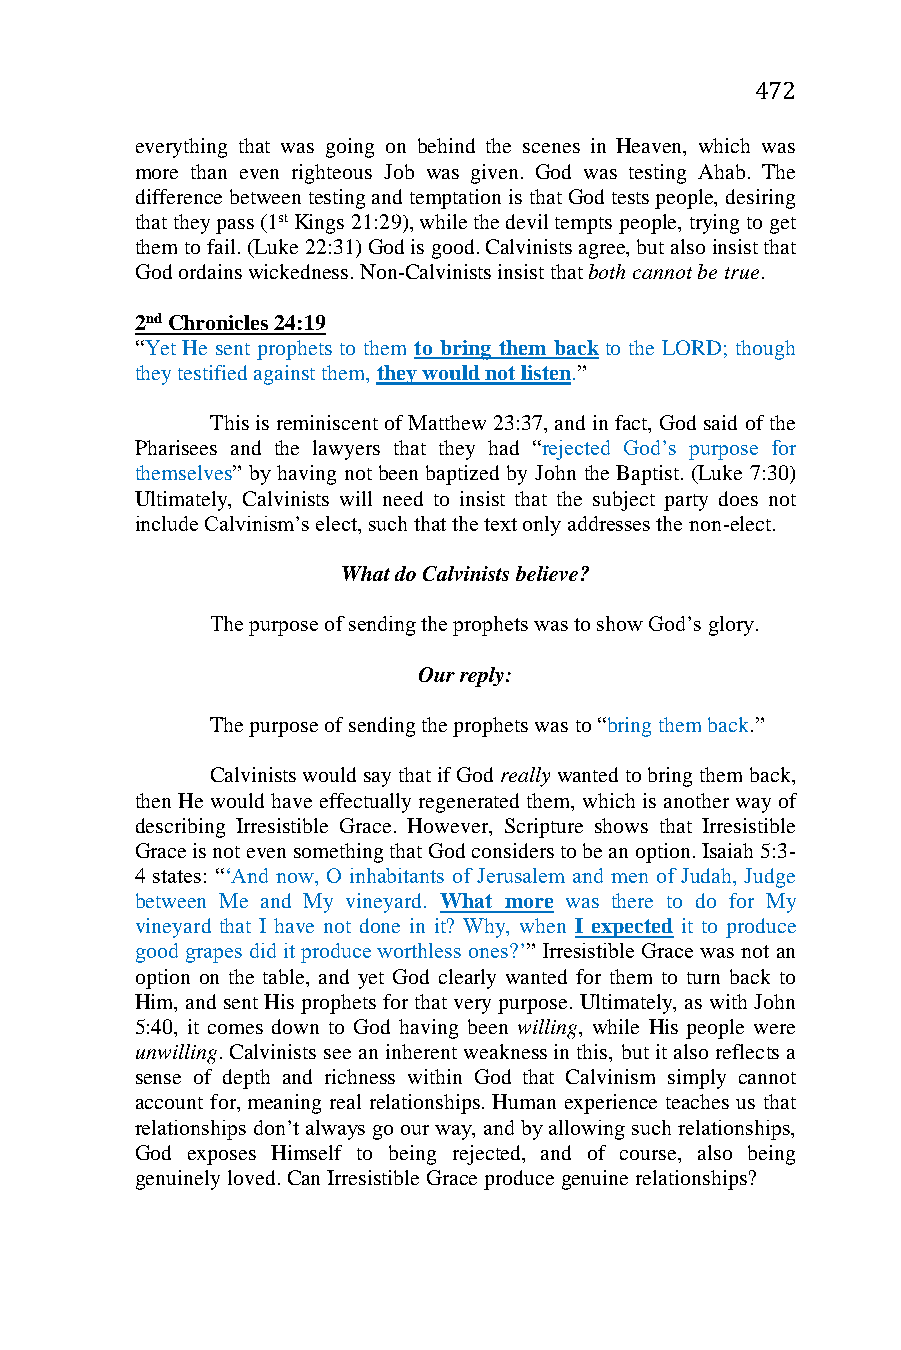
472
 everything that was going on behind the scenes in Heaven, which was
 more than even righteous Job was given. God was testing Ahab. The
 difference between testing and temptation is that God tests people, desiring
 that they pass (1st Kings 21:29), while the devil tempts people, trying to get
 them to fail. (Luke 22:31) God is good. Calvinists agree, but also insist that
 God ordains wickedness. Non-Calvinists insist that both cannot be true.
 2nd Chronicles 24:19
 “Yet He sent prophets to them to bring them back to the LORD; though
 they testified against them, they would not listen.”
 This is reminiscent of Matthew 23:37, and in fact, God said of the
 Pharisees and the lawyers that they had “rejected God’s purpose for
 themselves” by having not been baptized by John the Baptist. (Luke 7:30)
 Ultimately, Calvinists will need to insist that the subject party does not
 include Calvinism’s elect, such that the text only addresses the non-elect.
 What do Calvinists believe?
 The purpose of sending the prophets was to show God’s glory.
 Our reply:
 The purpose of sending the prophets was to “bring them back.”
 Calvinists would say that if God really wanted to bring them back,
 then He would have effectually regenerated them, which is another way of
 describing Irresistible Grace. However, Scripture shows that Irresistible
 Grace is not even something that God considers to be an option. Isaiah 5:3-
 4 states: “‘And now, O inhabitants of Jerusalem and men of Judah, Judge
 between Me and My vineyard. What more was there to do for My
 vineyard that I have not done in it? Why, when I expected it to produce
 good grapes did it produce worthless ones?’” Irresistible Grace was not an
 option on the table, and yet God clearly wanted for them to turn back to
 Him, and sent His prophets for that very purpose. Ultimately, as with John
 5:40, it comes down to God having been willing, while His people were
 unwilling. Calvinists see an inherent weakness in this, but it also reflects a
 sense of depth and richness within God that Calvinism simply cannot
 account for, meaning real relationships. Human experience teaches us that
 relationships don’t always go our way, and by allowing such relationships,
 God exposes Himself to being rejected, and of course, also being
 genuinely loved. Can Irresistible Grace produce genuine relationships?